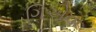
ગિએના